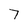
Character: 7